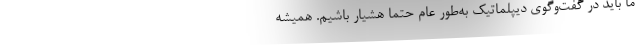
ما باید در گفت‌وگوی دیپلماتیک به‌طور عام حتماً هشیار باشیم. همیشه